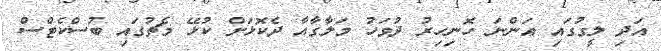
އަދި ލީގުގައި އަންނަ ހޮނިހިރު ދުވަހު މަލާގާއާ ދެކޮޅަށް ކުޅޭ މެޗުގައި ބުސްކެޓްސް